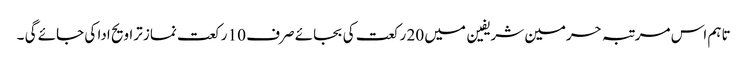
تاہم اس مرتبہ حرمین شریفین میں 20 رکعت کی بجائے صرف 10 رکعت نماز تراویح ادا کی جائے گی ۔